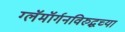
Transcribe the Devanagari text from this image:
ग्लॅमॉर्गनविरुद्धच्या